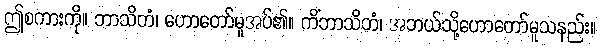
ဤစကားကို။ ဘာသိတံ၊ ဟောတော်မူအပ်၏။ ကိံဘာသိတံ၊ အဘယ်သို့ဟောတော်မူသနည်း။